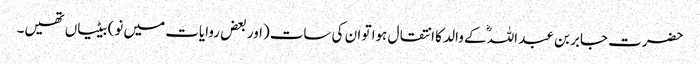
حضرت جابر بن عبد اللہؓ کے والد کا انتقال ہوا تو ان کی سات(اور بعض روایات میں نو) بیٹیاں تھیں۔